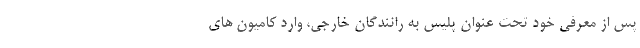
پس از معرفی خود تحت عنوان پلیس به رانندگان خارجی، وارد کامیون های